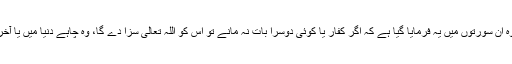
اس کے علاوہ ان سورتوں میں یہ فرمایا گیا ہے کہ اگر کفار یا کوئی دوسرا بات نہ مانے تو اس کو اللہ تعالیٰ سزا دے گا، وہ چاہے دنیا میں یا آخرت میں دے۔